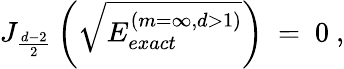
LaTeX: J_{\frac{d-2}{2}}\left(\sqrt{E_{exact}^{(m=\infty,d>1)}}\right)\ =\ 0\ ,